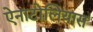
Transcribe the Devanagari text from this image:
ऐनाटोलियास